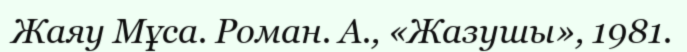
Жаяу Мұса. Роман. А., «Жазушы», 1981.